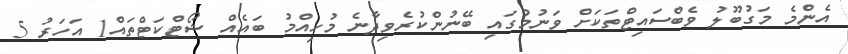
އެންމެ މަގުބޫލު ވެބްސައިޓްތަކަށް ވަނުމުގައި ބޭނުންކުރެވިދާނެ މުހިއްމު ބައެއް ޝޯޓްކަޓްތައް1 އަހަރު 5